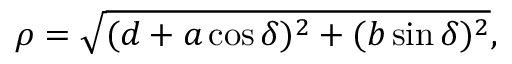
\rho = \sqrt { ( d + a \cos \delta ) ^ { 2 } + ( b \sin \delta ) ^ { 2 } } ,